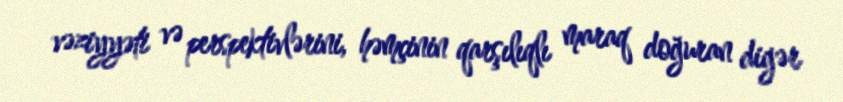
vəziyyəti və perspektivlərini, həmçinin qarşılıqlı maraq doğuran digər